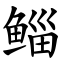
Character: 鲻